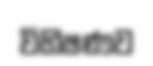
විභිෂණව